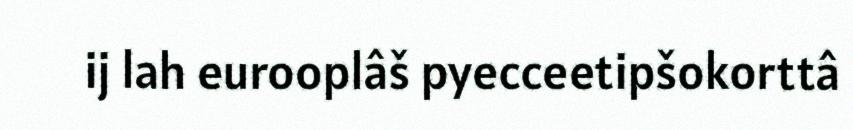
ij lah eurooplâš pyecceetipšokorttâ